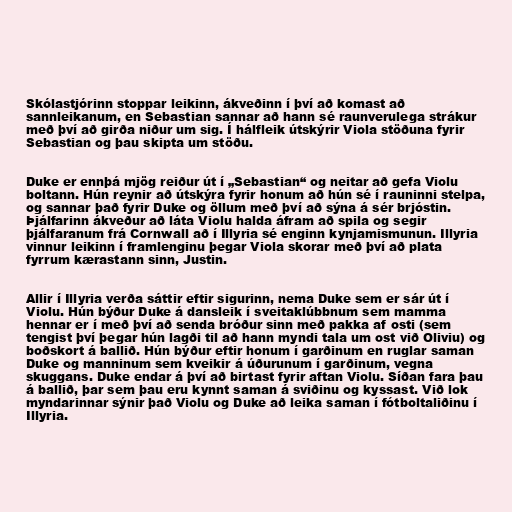
Skólastjórinn stoppar leikinn, ákveðinn í því að komast að
sannleikanum, en Sebastian sannar að hann sé raunverulega strákur
með því að girða niður um sig. Í hálfleik útskýrir Viola stöðuna fyrir
Sebastian og þau skipta um stöðu.

Duke er ennþá mjög reiður út í „Sebastian“ og neitar að gefa Violu
boltann. Hún reynir að útskýra fyrir honum að hún sé í rauninni stelpa,
og sannar það fyrir Duke og öllum með því að sýna á sér brjóstin.
Þjálfarinn ákveður að láta Violu halda áfram að spila og segir
þjálfaranum frá Cornwall að í Illyria sé enginn kynjamismunun. Illyria
vinnur leikinn í framlenginu þegar Viola skorar með því að plata
fyrrum kærastann sinn, Justin.

Allir í Illyria verða sáttir eftir sigurinn, nema Duke sem er sár út í
Violu. Hún býður Duke á dansleik í sveitaklúbbnum sem mamma
hennar er í með því að senda bróður sinn með pakka af osti (sem
tengist því þegar hún lagði til að hann myndi tala um ost við Oliviu) og
boðskort á ballið. Hún býður eftir honum í garðinum en ruglar saman
Duke og manninum sem kveikir á úðurunum í garðinum, vegna
skuggans. Duke endar á því að birtast fyrir aftan Violu. Síðan fara þau
á ballið, þar sem þau eru kynnt saman á sviðinu og kyssast. Við lok
myndarinnar sýnir það Violu og Duke að leika saman í fótboltaliðinu í
Illyria.